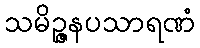
သမိဉ္ဇနပသာရဏံ